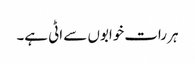
ہر رات خوابوں سے اٹی ہے۔